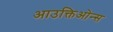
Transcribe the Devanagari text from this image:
आउक्तिओन्स